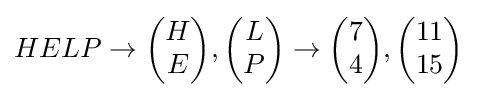
HELP\to {\begin{pmatrix}H\\E\end{pmatrix}},{\begin{pmatrix}L\\P\end{pmatrix}}\to {\begin{pmatrix}7\\4\end{pmatrix}},{\begin{pmatrix}11\\15\end{pmatrix}}